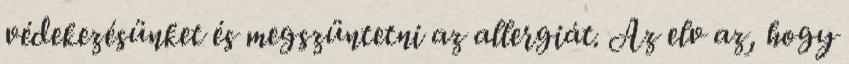
védekezésünket és megszüntetni az allergiát. Az elv az, hogy